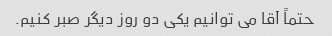
حتماً آقا می توانیم یکی دو روز دیگر صبر کنیم.